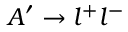
A ^ { \prime } \rightarrow l ^ { + } l ^ { - }